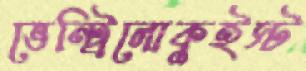
ভেন্ট্রিলোকুইস্ট